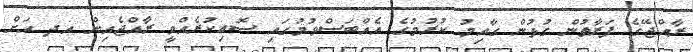
ރާއްޖޭގެ ފަރާތުން ގުޅުން ގާއިމު ކުރުމުގެ އެއްބަސްވުމުގައި ސޮއިކުރެއްވީ ރާއްޖެއިން އދ އަށް